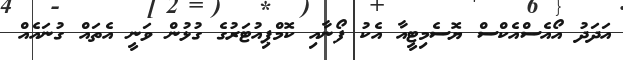
އަދަދު އޯއެސްއެކްސް ޔޮސެމިޓީއާ އެކު ފޯނާއި ކޮމްޕިއުޓަރުގެ ގުޅުން ވަނީ އެތައް ގުނައެއް